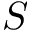
S